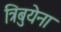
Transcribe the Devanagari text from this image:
त्रिबुयेना